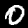
Label: 0